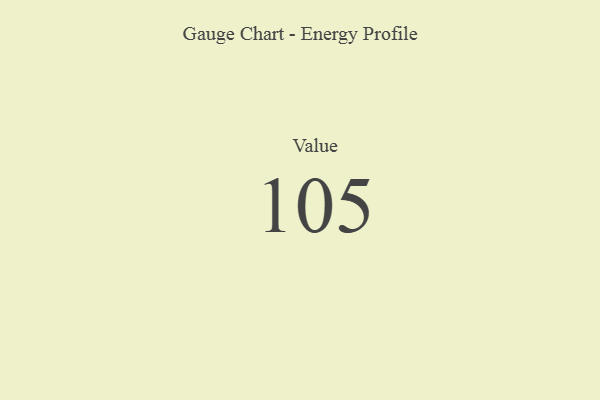
{"axis": {"x": "Metric", "y": "Value"}, "legend": [""], "data": [{"x": "Value", "y": 105, "type": ""}]}